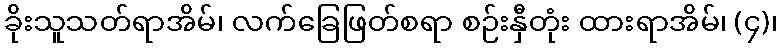
ခိုးသူသတ်ရာအိမ်၊ လက်ခြေဖြတ်စရာ စဉ်းနှီတုံး ထားရာအိမ်၊ (၄)၊